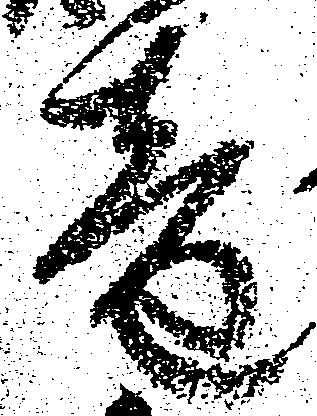
音